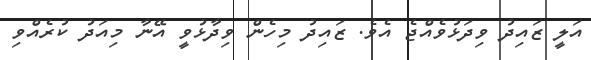
އަލީ ޒައިދު ވިދަޅުވެއްޖެ އެވެ. ޒައިދު މިހެން ވިދާޅުވީ އޭނާ މިއަދު ކުރެއްވި